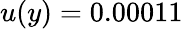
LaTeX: u(y)=0.00011